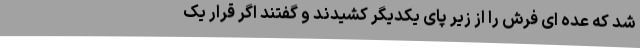
شد که عده ای فرش را از زیر پای یکدیگر کشیدند و گفتند اگر قرار یک